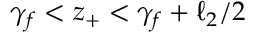
\gamma _ { f } < z _ { + } < \gamma _ { f } + \ell _ { 2 } / 2